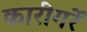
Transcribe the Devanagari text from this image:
कारीगरें